Language: tamil
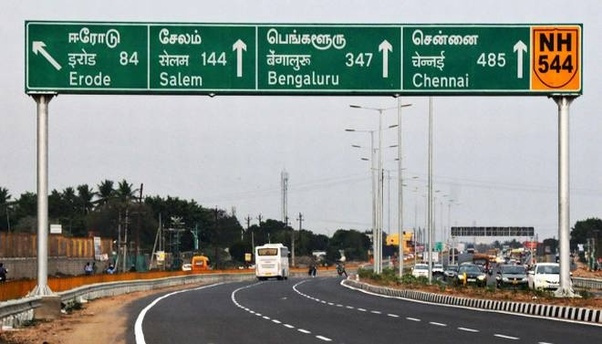
Transcription: பெங்களூரு ஈரோடு சென்னை சேலம்